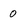
Character: 0